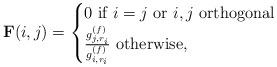
LaTeX: \begin{align*} {\bf{F}}(i,j) =\begin{cases}0 \mbox{ if $i= j$ or $i,j$ orthogonal} \\\frac{g^{(f)}_{j, r_i}}{g^{(f)}_{i, r_i}} \mbox{ otherwise},\end{cases}\end{align*}